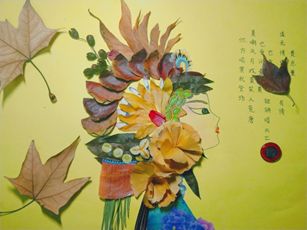
高楼目尽欲黄昏，梧桐叶上萧萧雨。